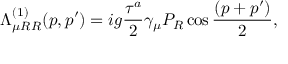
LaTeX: \Lambda _ { \mu R R } ^ { ( 1 ) } ( p , p ^ { \prime } ) = i g { \frac { \tau ^ { a } } { 2 } } \gamma _ { \mu } P _ { R } \cos { \frac { ( p + p ^ { \prime } ) } { 2 } } ,